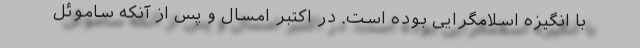
با انگیزه‌ اسلامگرایی بوده است. در اکتبر امسال و پس از آنکه ساموئل